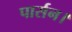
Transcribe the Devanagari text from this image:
पार्सन।